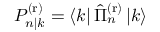
P _ { n | k } ^ { \mathrm { ( r ) } } = \left\langle k \right| \hat { \Pi } _ { n } ^ { \mathrm { ( r ) } } \left| k \right\rangle